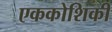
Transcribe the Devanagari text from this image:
एककोशिकी